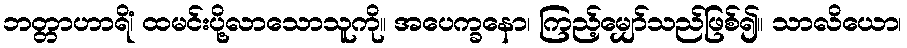
ဘတ္တာဟာရိံ၊ ထမင်းပို့လာသောသူကို။ အပေက္ခနော၊ ကြည့်မျှော်သည်ဖြစ်၍။ သာလိယော၊